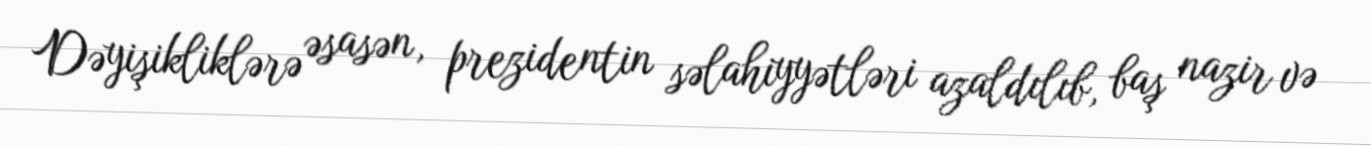
Dəyişikliklərə əsasən, prezidentin səlahiyyətləri azaldılıb, baş nazir və